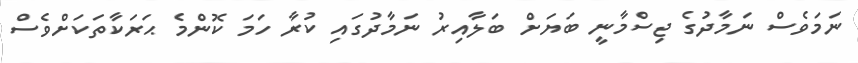
ނަމަވެސް ނަމާދުގެ ޖިސްމާނީ ބަޔަށް ބަލާއިރު ނަމާދުގައި ކުރާ ހަމަ ކޮންމެ ޙަރަކާތަކަށްވެސް